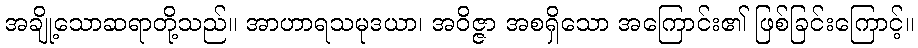
အချို့သောဆရာတို့သည်။ အာဟာရသမုဒယာ၊ အဝိဇ္ဇာ အစရှိသော အကြောင်း၏ ဖြစ်ခြင်းကြောင့်။